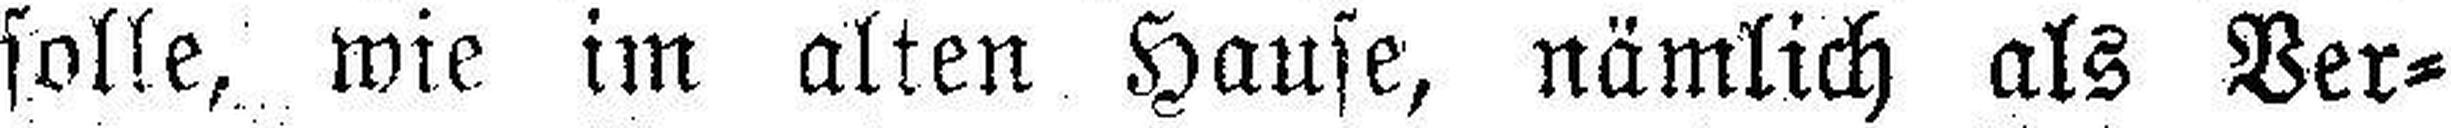
solle, wie im alten Hause, nämlich als Ver¬